Civil Veterinary Department Bihar reports 1940-50 - 1940-1950
Year: 1940
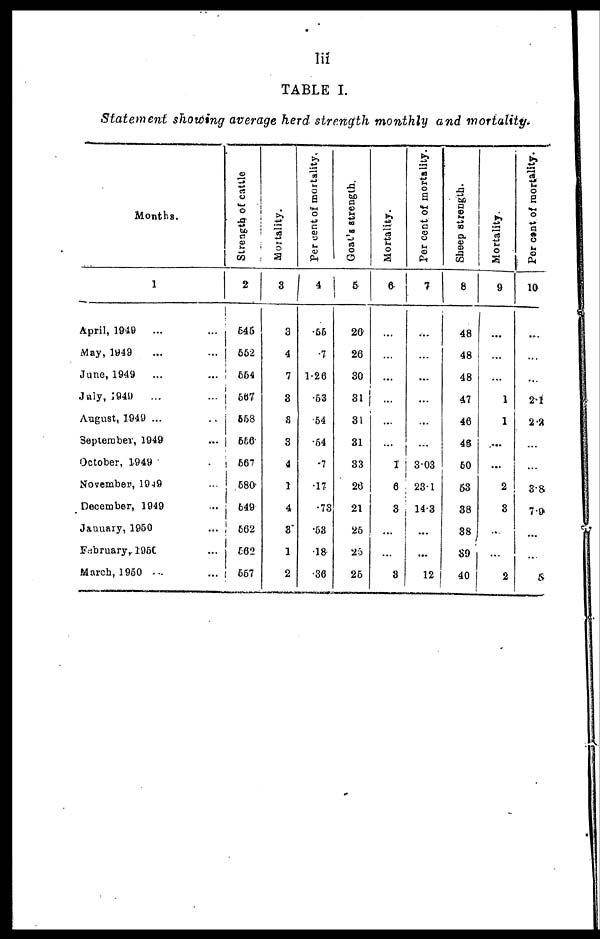
lii
TABLE I.
Statement showing average herd strength monthly and mortality.
Months.
1
April, 1949
... …
May, 1949 … …
June, 1949 … …
July, 1949 … …
August, 1949 ... …
September, 1949 … …
October, 1949 …
November, 1949 …
December, 1949 …
January, 1950 …
February, 1950 …
March, 1950 … …
Strength of
cattle
2
646
662
554
567
558
556
567
580
549
562
662
557
Mortality.
3
3
4
7
3
3
3
4
1
4
3*
1
2
Per cent of mortality,
4
.55
.7
1.26
.53
54
.54
.7
.17
.73
.53
.18
.36
Goat's strength.
5
26
26
30
31
31
31
33
26
21
25
25
25
Mortality.
6
…
…
…
…
…
…
1
6
3
…
…
3
Per cent of mortality.
7
…
…
...
...
…
…
3.03
23.1
14.3
...
...
12
Sheep strength.
8
48
48
48
47
46
4§
50
63
38
38
39
40
Mortality.
9
…
…
…
1
1
....
...
2
3
…
…
2
Per cent
of mortality.
10
…
…
…
2.1
2.2
…
…
3.8
7.9
…
...
5